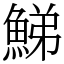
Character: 鮷